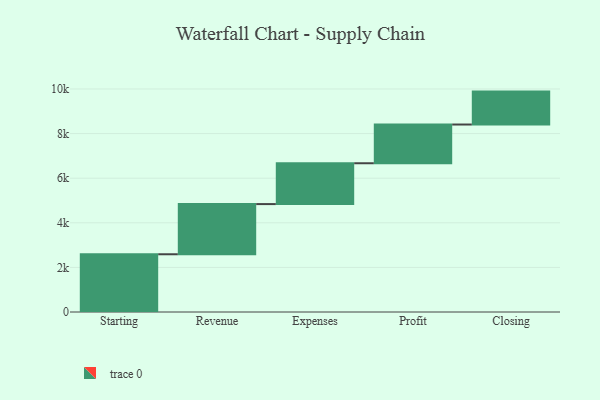
{"axis": {"x": "Step", "y": "Value"}, "legend": [""], "data": [{"x": "Starting", "y": 2589.0, "type": ""}, {"x": "Revenue", "y": 2250.0, "type": ""}, {"x": "Expenses", "y": 1831.0, "type": ""}, {"x": "Profit", "y": 1737.0, "type": ""}, {"x": "Closing", "y": 1476.0, "type": ""}]}